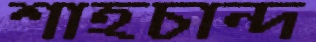
শাহচান্দ